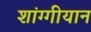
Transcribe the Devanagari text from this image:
शांग्गीयान